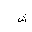
Letter: _shin